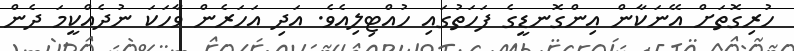
ހުރިގޮތަށް އޭނަކާން އިންގޮނޑީގެ ފަހަތުގައި ހުއްޓިލިއެވެ. އަދި އަހަރެން ވާހަކަ ނުދެއްކީމަ ދެން